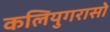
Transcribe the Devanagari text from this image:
कलियुगरासो